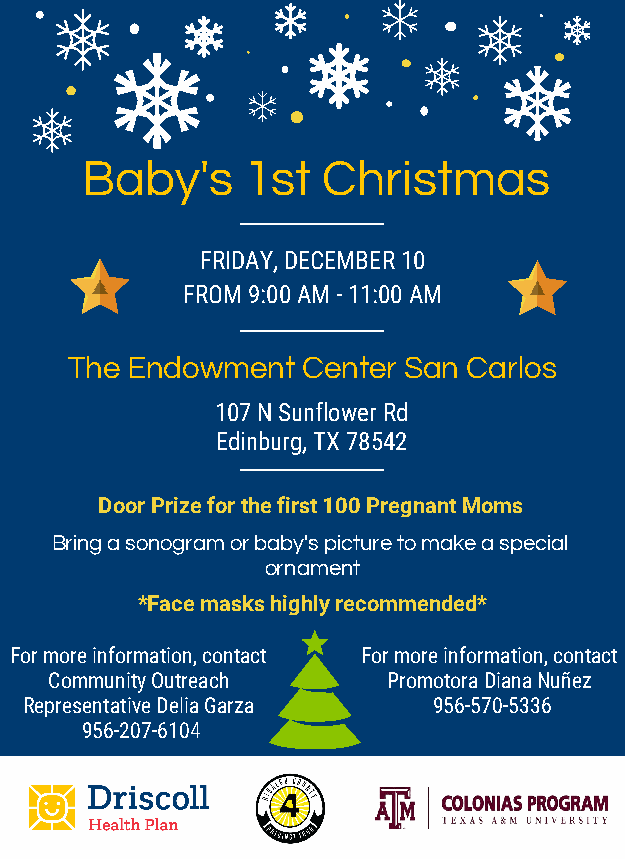
Baby's     1st  Christmas
 FRIDAY, DECEMBER 10
 FROM 9:00 AM - 11:00 AM
 The Endowment  Center San Carlos
 107 N Sunflower Rd
 Edinburg, TX 78542
 Door Prize for the first 100 Pregnant Moms
 Bring a sonogram or baby's picture to make a special
 ornament
 *Face masks highly recommended*
 For more information, contact For more information, contact
 Community Outreach     Promotora Diana Nuñez
 Representative Delia Garza 956-570-5336
 956-207-6104